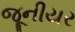
જૂનીયર